Vaccination North-Western Provinces and Oudh 1878-1895 - 1878-1895
Year: 1878
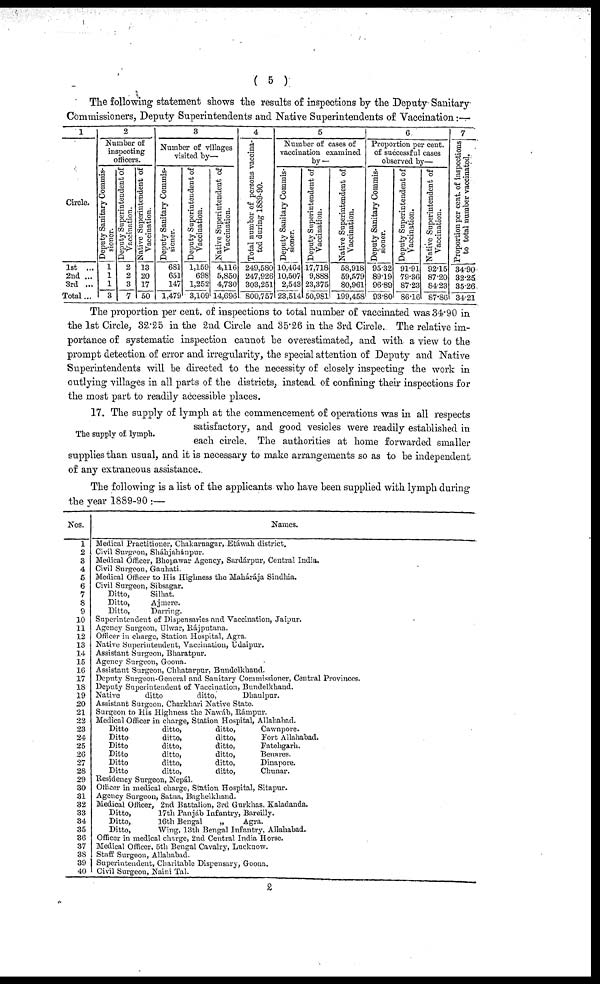
( 5 )
The following statement shows the results of inspections by the Deputy Sanitary-
Commissioners, Deputy Superintendents and Native Superintendents of Vaccination:—
1
Circle.
1st ...
2nd ...
3rd ...
Total ...
2
Number of
inspecting
officers.
Deputy Sanitary Commis-
sioner.
1
1
1
3
Deputy Superintendent of
Vaccination.
2
2
3
7
Native Superintendent of
Vaccination.
13
20
17
50
3
Number of villages
visited by—
Deputy Sanitary Commis-
sioner.
681
651
147
1,479
Deputy Superintendent of
Vaccination.
1,159
698
1,252
3,109
Native Superintendent of
Vaccination.
4,116
5,850
4,730
14,696
4
Total number of persons vaccina-
ted during 1889-90.
249,580
247,926
303,251
800,757
5
Number of cases of
vaccination examined
by—
Deputy Sanitary Commis-
sioner.
10,464
10,507
2,543
23,514
Deputy Superintendent of
Vaccination.
17,718
9,888
23,375
50,981
Native Superintendent of
Vaccination.
58,918
59,579
80,961
199,458
6
Proportion per cent.
of successful cases
observed by—
Deputy Sanitary Commis-
sioner.
95.32
89.19
96.89
93.80
Deputy Superintendent of
Vaccination.
91.91
79.36
87.23
86.16
Native Superintendent of
Vaccination.
92.15
87.20
84.23
87.86
7
Proportion per cent. of inspections
to total number vaccinated.
34.90
32.25
35.26
34.21
The proportion per cent. of inspections to total number of vaccinated was 34.90 in
the 1st Circle, 32.25 in the 2nd Circle and 35.26 in the 3rd Circle. The relative im-
portance of systematic inspection cannot be overestimated, and with a view to the
prompt detection of error and irregularity, the special attention of Deputy and Native
Superintendents will be directed to the necessity of closely inspecting the work in
outlying villages in all parts of the districts, instead of confining their inspections for
the most part to readily accessible places.
The supply of lymph.
17. The supply of lymph at the commencement of operations was in all respects
satisfactory, and good vesicles were readily established in
each circle. The authorities at home forwarded smaller
supplies than usual, and it is necessary to make arrangements so as to be independent
of any extraneous assistance.
The following is a list of the applicants who have been supplied with lymph during
the year 1889-90 :—
Nos.
1
2
3
4
5
6
7
8
9
10
11
12
13
14
15
16
17
18
19
20
21
22
23
24
25
26
27
28
29
30
31
32
33
34
35
36
37
38
39
40
Names.
Medical Practitioner, Chakarnagar, Etáwah district.
Civil Surgeon, Sháhjahánpur.
Medical Officer, Bhopawar Agency, Sardárpur, Central India.
Civil Surgeon, Gauhati.
Medical Officer to His Highness the Mahárája Sindhia.
Civil Surgeon, Sibsagar.
Ditto,
Ditto,
Ditto,
Silhat.
Ajmere.
Darring.
Superintendent of Dispensaries and Vaccination, Jaipur.
Agency Surgeon, Ulwar, Rájputana.
Officer in charge, Station Hospital, Agra.
Native Superintendent, Vaccination, Udaipur.
Assistant Surgeon, Bharatpur.
Agency Surgeon, Goona.
Assistant Surgeon, Chhatarpur, Bundelkhand.
Deputy Surgeon-General and Sanitary Commissioner, Central Provinces.
Deputy Superintendent of Vaccination, Bundelkhand.
Native
ditto
ditto,
Dhaulpur.
Assistant Surgeon, Charkhari Native State.
Surgeon to His Highness the Nawáb, Rámpur.
Medical Officer in charge, Station Hospital, Allahabad.
Ditto
Ditto
Ditto
Ditto
Ditto
Ditto
ditto,
ditto,
ditto,
ditto,
ditto,
ditto,
ditto,
ditto,
ditto,
ditto,
ditto,
ditto,
Cawnpore.
Fort Allahabad.
Fatehgarh.
Benares.
Dinapore.
Chunar.
Residency Surgeon, Nepal.
Officer in medical charge, Station Hospital, Sitapur.
Agency Surgeon, Satna, Baghelkhand.
Medical Officer, 2nd Battalion, 3rd Gurkhas, Kaladanda.
Ditto,
Ditto,
Ditto,
17th Panjáb Infantry, Bareilly.
16th Bengal
„
Agra.
Wing, 13th Bengal Infantry, Allahabad.
Officer in medical charge, 2nd Central India Horse.
Medical Officer, 5th Bengal Cavalry, Lucknow.
Staff Surgeon, Allahabad.
Superintendent, Charitable Dispensary, Goona.
Civil Surgeon, Naini Tal.
2